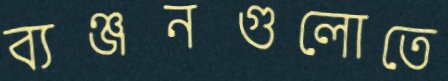
ব্যঞ্জনগুলোতে